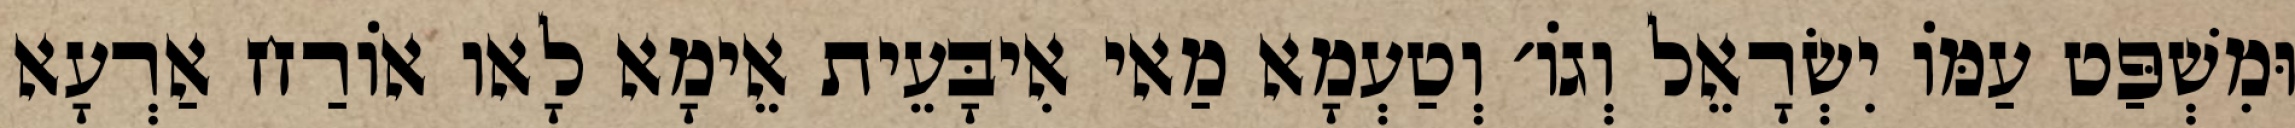
וּמִשְׁפַּט עַמּוֹ יִשְׂרָאֵל וְגוֹ׳ וְטַעְמָא מַאי אִיבָּעֵית אֵימָא לָאו אוֹרַח אַרְעָא